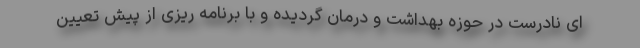
ای نادرست در حوزه بهداشت و درمان گردیده و با برنامه ریزی از پیش تعیین